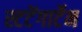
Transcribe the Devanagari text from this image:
स्टटेंगार्टेन